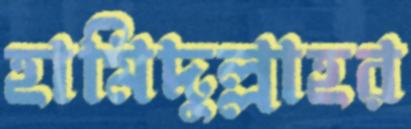
হামিদুল্লাহর